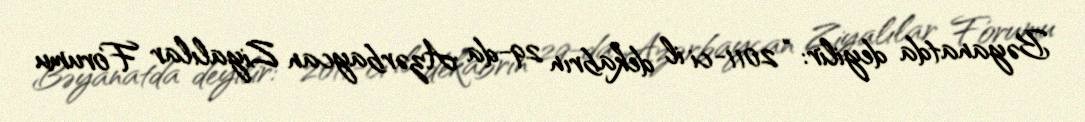
Bəyanatda deyilir: “2011-ci il dekabrın 29-da Azərbaycan Ziyalılar Forumu